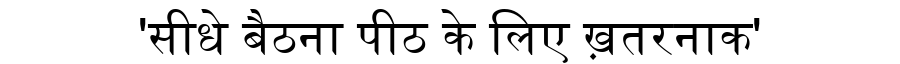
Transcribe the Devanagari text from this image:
'सीधे बैठना पीठ के लिए ख़तरनाक'